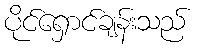
ပိုင်ရှောင်ချန်းသည်